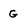
Character: G